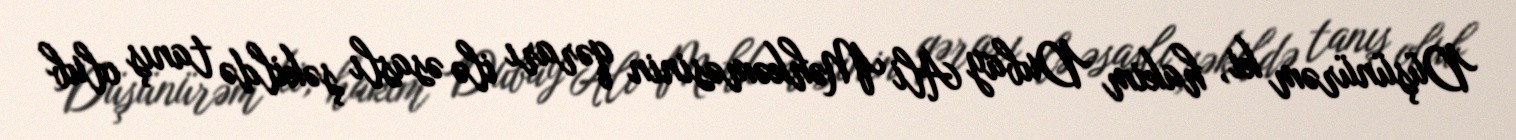
Düşünürəm ki, hakim Dubay Ali Məhkəməsinin qərarı ilə əsaslı şəkildə tanış olub